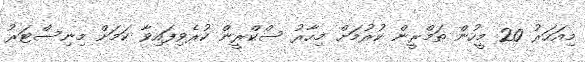
މިއަހަރު 20 މީހުން ތަމްރީން ކުރުމަށް މިހާރު ސްކްރީން ކުރެވިފައިވާ ކަމަށް މިނިސްޓަރު